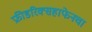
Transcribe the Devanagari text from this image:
फ्रीडरिक्सहाफेनचा